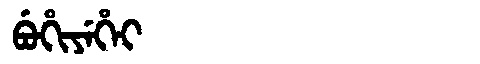
Manchu: ᠪᡠᡥᡳᠶᡝᡥᡝᡳ
Romanization: BUHIYEHEI